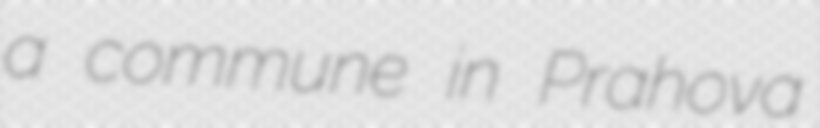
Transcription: a commune in Prahova